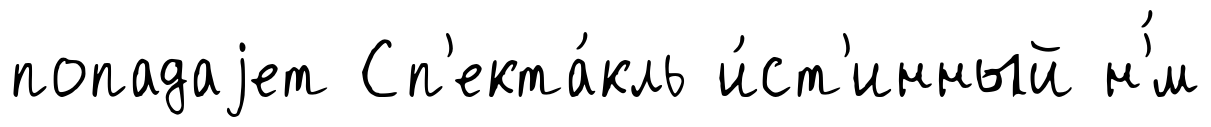
попадаjет Сп'екта́кль и́ст'инный н'́м